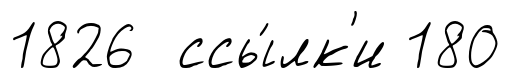
1826 ссы́лк'и 180